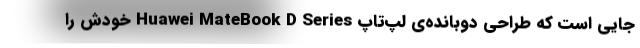
جایی است که طراحی دوبانده‌ی لپ‌تاپ Huawei MateBook D Series خودش را